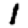
Digit: 1